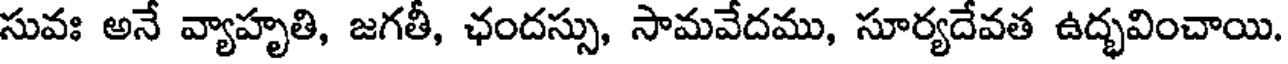
సువః అనే వ్యాహృతి, జగతీ, ఛందస్సు, సామవేదము, సూర్యదేవత ఉద్భవించాయి